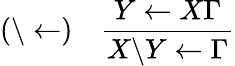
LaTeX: (\backslash\leftarrow)\quad{\frac{Y\leftarrow X\Gamma}{X\backslash Y\leftarrow\Gamma}}